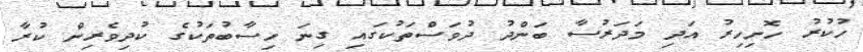
ހުކުރު ހޮނިހިރު އަދި މަދަރުސާ ބަންދު ދުވަސްތަކުގައި ގިނަ ހިސާބުތަކުގެ ކުދިވެރިން ކުރާ